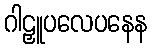
ဂါဠှူပလေပနေန